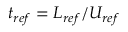
t _ { r e f } = L _ { r e f } / U _ { r e f }